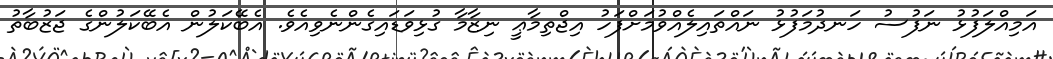
އަމިއްލަފުޅު ނަފުސު ހަނދުމަފުޅު ނައްތައިލެއްވުމަށްފަހު އިޖްތިމާޢީ ނިޒާމާ ގުޅިވަޑައިގެންނެވިއެވެ. އެބޭކަލުން އެބޭކަލުންގެ ޖަޒުބާތު